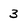
Character: 3